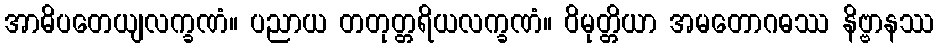
အာဓိပတေယျလက္ခဏံ။ ပညာယ တတုတ္တရိယလက္ခဏံ။ ဝိမုတ္တိယာ အမတောဂဓဿ နိဗ္ဗာနဿ